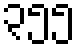
၃၅၅